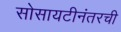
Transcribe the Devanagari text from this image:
सोसायटीनंतरची